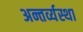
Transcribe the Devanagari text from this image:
अन्तर्व्यस्था